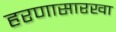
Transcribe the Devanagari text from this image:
हरणासारखा